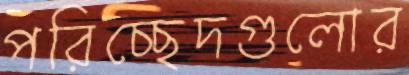
পরিচ্ছেদগুলোর